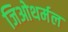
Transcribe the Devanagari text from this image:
जिओथर्मल